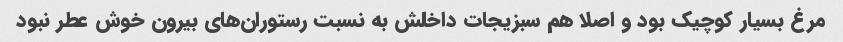
مرغ بسیار کوچیک بود و اصلا هم سبزیجات داخلش به نسبت رستوران‌های بیرون خوش عطر نبود